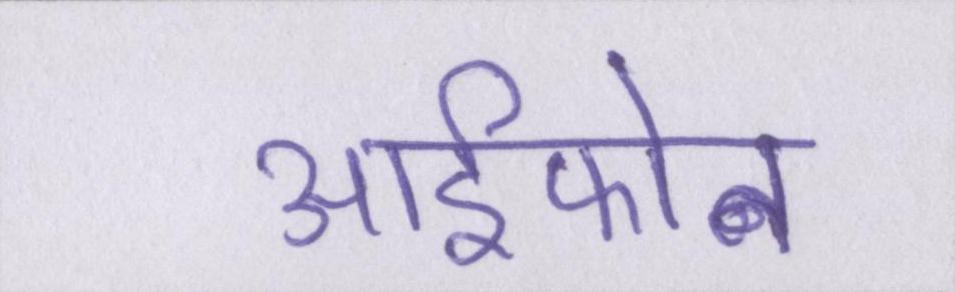
आईफोन